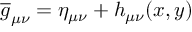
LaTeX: \overline { { { g } } } _ { \mu \nu } = \eta _ { \mu \nu } + h _ { \mu \nu } ( x , y )